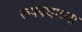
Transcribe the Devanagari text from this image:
रूपबंधाच्या